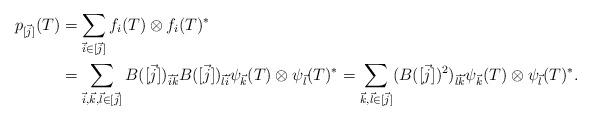
LaTeX: \begin{align*}p_{[\vec j]}(T)& = \sum_{\vec i\in[\vec j]} f_i(T)\otimes f_i(T)^*\\&= \sum_{\vec i, \vec k, \vec l\in [\vec j]} B([\vec j])_{\vec i \vec k} B([\vec j])_{\vec l \vec i} \psi_{\vec k}(T) \otimes \psi_{\vec l}(T)^* = \sum_{\vec{k},\vec{l}\in [\vec{j}]} (B([\vec j])^2)_{\vec{l}\vec{k}} \psi_{\vec{k}}(T)\otimes \psi_{\vec{l}}(T)^*.\end{align*}